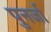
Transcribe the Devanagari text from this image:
पुनर्जा